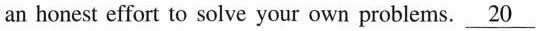
an honest effort to solve your own problems.\underline{20}